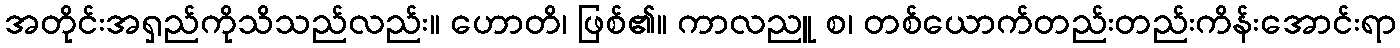
အတိုင်းအရှည်ကိုသိသည်လည်း။ ဟောတိ၊ ဖြစ်၏။ ကာလညူ စ၊ တစ်ယောက်တည်းတည်းကိန်းအောင်းရာ